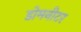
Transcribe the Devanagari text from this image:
डोमनीटर